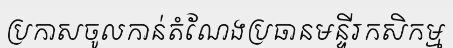
ប្រកាសចូលកាន់តំណែងប្រធានមន្ទីរកសិកម្ម